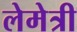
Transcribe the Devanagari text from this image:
लेमेत्री